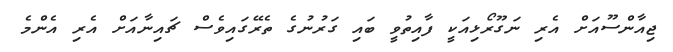
ޖިއާންސޫއަށް އެރި ނަގޫރޯޅިއަކީ ފާއިތުވީ ބައި ގަރުނުގެ ތެރޭގައިވެސް ޗައިނާއަށް އެރި އެންމެ